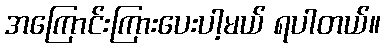
အကြောင်းကြားပေးပါ့မယ် ရပါတယ်။